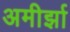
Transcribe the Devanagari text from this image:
अमीर्झा